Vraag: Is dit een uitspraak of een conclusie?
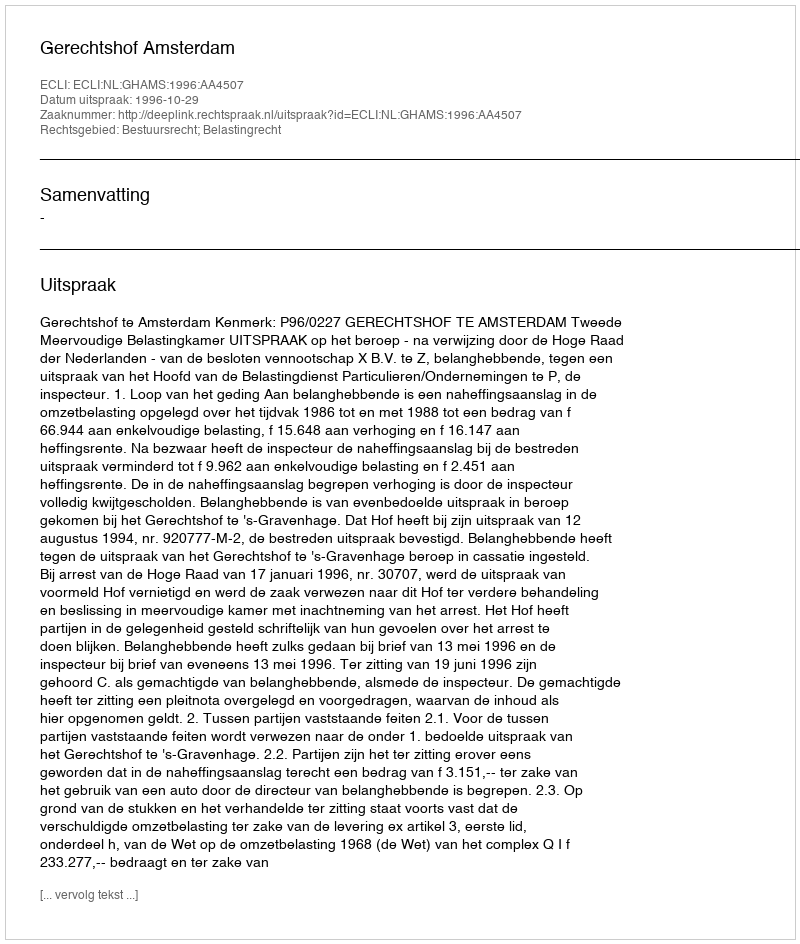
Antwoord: Uitspraak